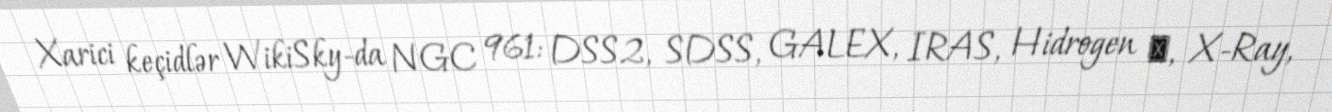
Xarici keçidlər WikiSky-da NGC 961: DSS2, SDSS, GALEX, IRAS, Hidrogen α, X-Ray,